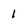
Character: 1